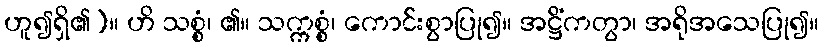
ဟူ၍ရှိ၏)။ ဟိ သစ္စံ၊ ၏။ သက္ကစ္စံ၊ ကောင်းစွာပြု၍။ အဋ္ဌိံကတွာ၊ အရိုအသေပြု၍။